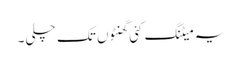
یہ میٹنگ کئی گھنٹوں تک چلی۔